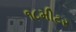
૧૮મીટર